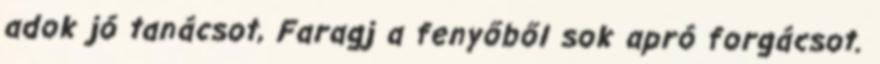
adok jó tanácsot, Faragj a fenyőből sok apró forgácsot.